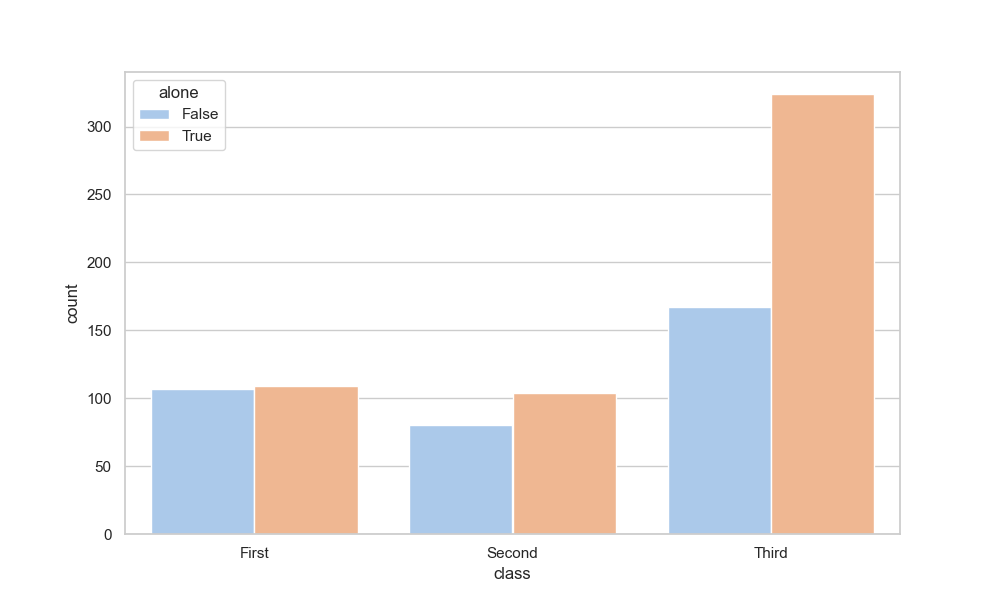
python, seaborn, countplot, x='class', palette='pastel', hue='alone'